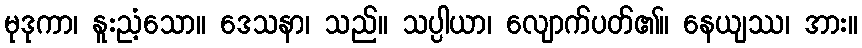
မုဒုကာ၊ နူးညံ့သော။ ဒေသနာ၊ သည်။ သပ္ပါယာ၊ လျောက်ပတ်၏။ နေယျဿ၊ အား။